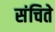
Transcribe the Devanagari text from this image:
संचिते